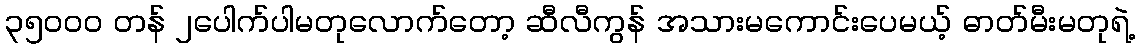
၃၅၀၀၀ တန် ၂ပေါက်ပါမတုလောက်တော့ ဆီလီကွန် အသားမကောင်းပေမယ့် ဓာတ်မီးမတုရဲ့